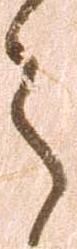
之